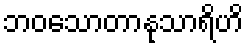
ဘဝသောတာနုသာရိဟိ